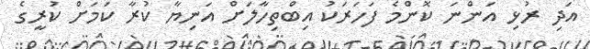
އަދި ރުޅި އަންނަ ކޮންމެ ފަހަރަކު އިބްތިހާލަށް އަނިޔާ ކުރާ ކަމަށް ކުރީގެ